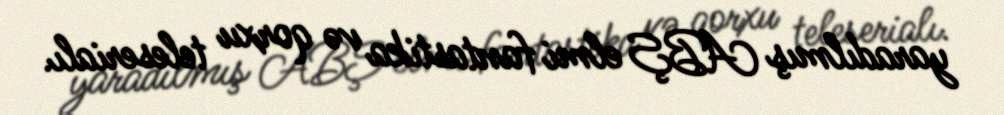
yaradılmış ABŞ elmi fantastika və qorxu teleserialı.